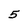
Character: 5